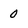
Character: 0